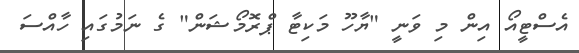
އެސްޓީއޯ އިން މި ވަނީ "ޔާހޫ މަކިޓާ ޕްރޮމޯޝަން" ގެ ނަމުގައި ހާއްސަ